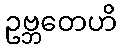
ဥဗ္ဘတေဟိ